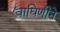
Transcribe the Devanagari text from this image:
वाघिणीने